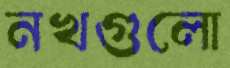
নখগুলো